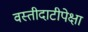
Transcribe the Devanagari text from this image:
वस्तीदाटीपेक्षा